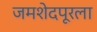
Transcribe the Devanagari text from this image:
जमशेदपूरला